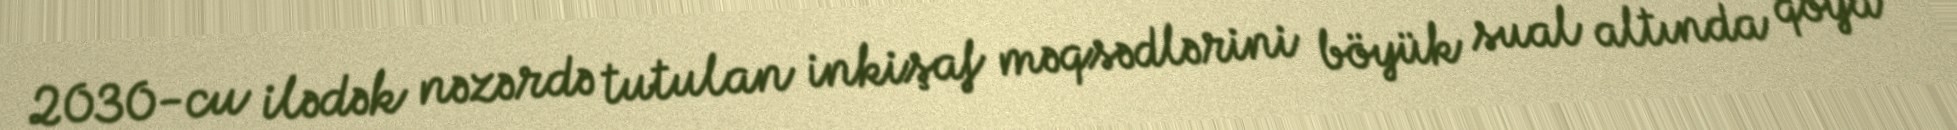
2030-cu ilədək nəzərdə tutulan inkişaf məqsədlərini böyük sual altında qoya